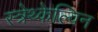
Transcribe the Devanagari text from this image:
स्त्रेथ्केल्विन